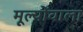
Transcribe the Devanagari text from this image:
मूल्योंवाला